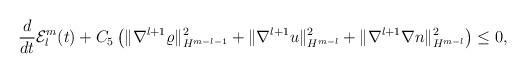
LaTeX: \begin{align*}\begin{aligned}&\frac{d}{dt} \mathcal{E}^m_l(t)+C_5 \left(\|\nabla^{l+1} \varrho\|_{H^{m-l-1}}^2+\|\nabla^{l+1} u\|_{H^{m-l}}^2 +\|\nabla^{l+1} \nabla n\|_{H^{m-l}}^2\right)\le 0,\end{aligned}\end{align*}